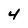
Character: 4